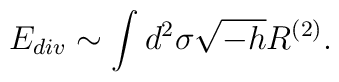
E_{div} \sim \int d^2\sigma \sqrt{-h} R^{(2)} .